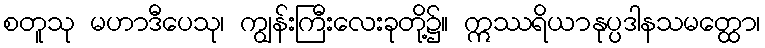
စတူသု မဟာဒီပေသု၊ ကျွန်းကြီးလေးခုတို့၌။ ဣဿရိယာနုပ္ပဒါနသမတ္ထော၊